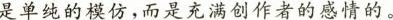
是单纯的模仿，而是充满创作者的感情的。